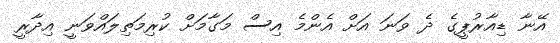
އޭނާ ޑިއާރުޕީގެ ދެ ވަނަ އަށް އެންމެ އިސް މަގާމަށް ކުރިމަތިލައްވަނީ އިދާރީ